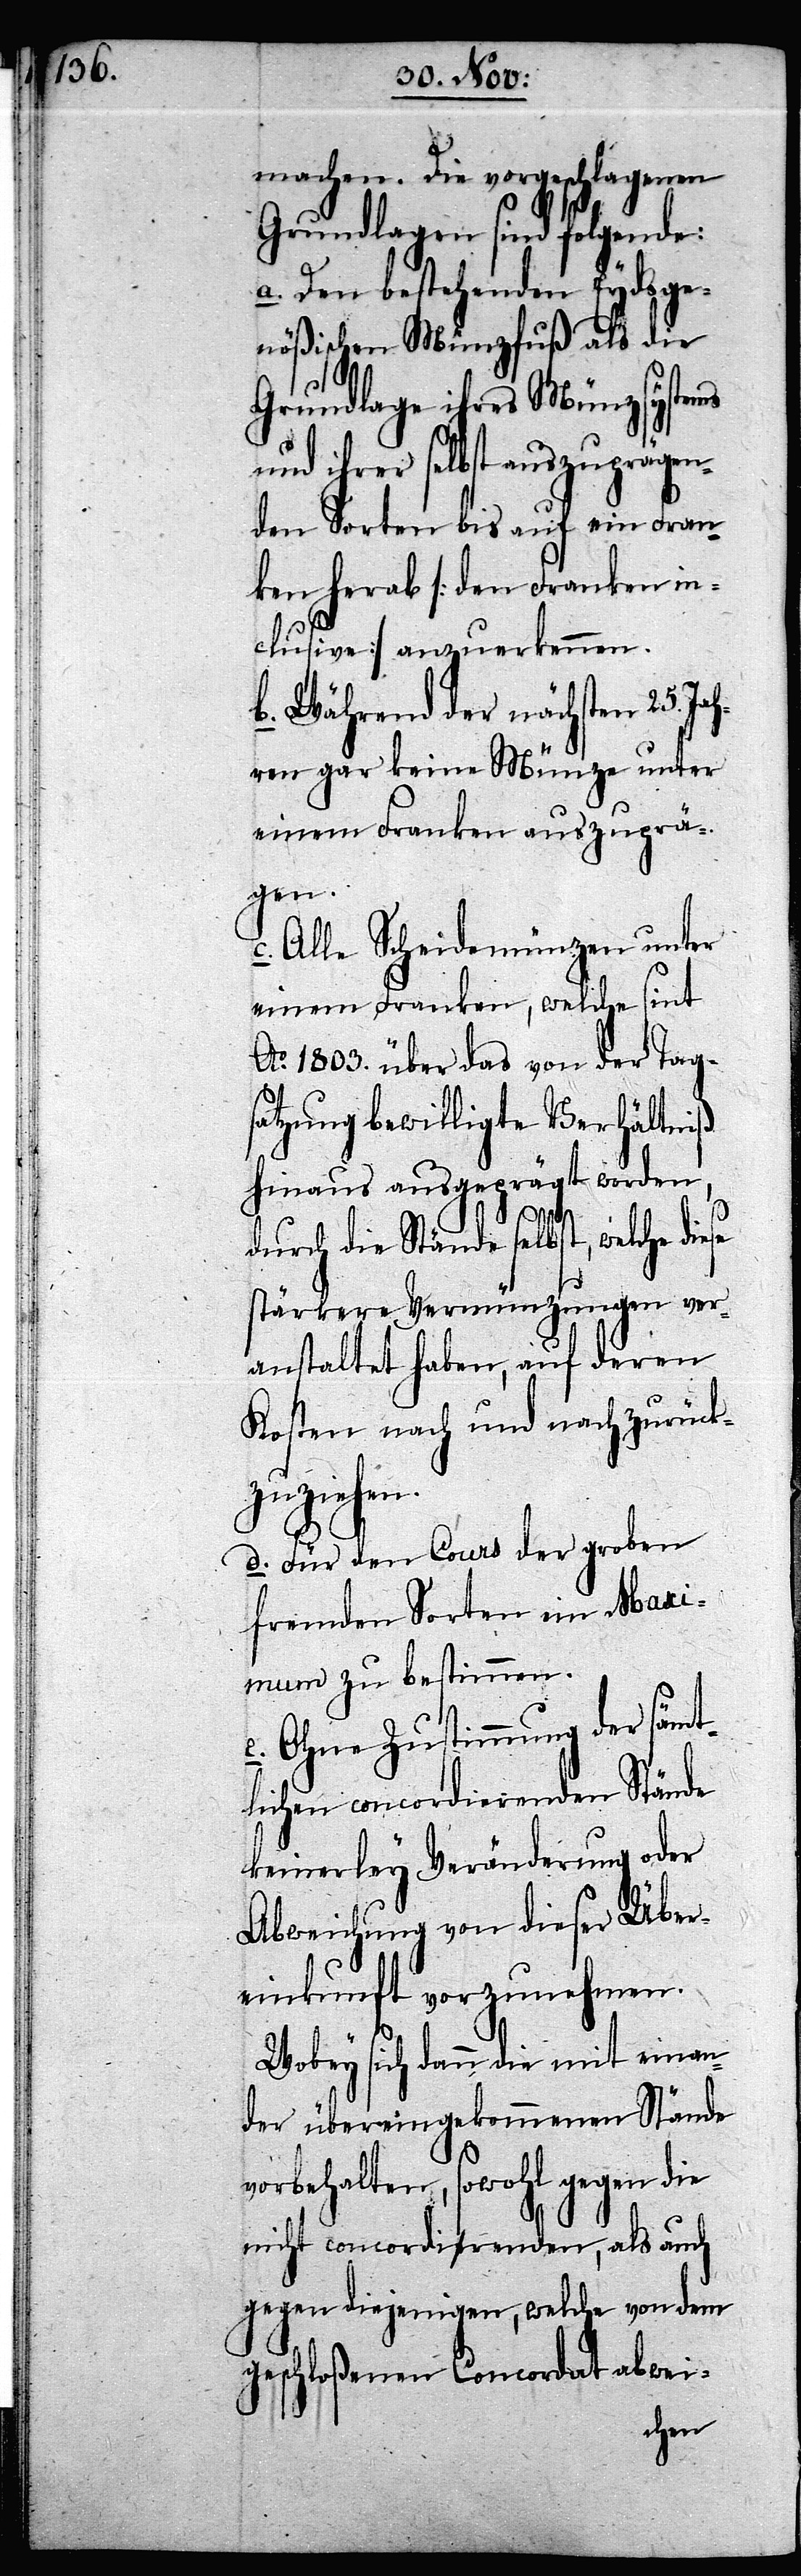
machen. Die vorgeschlagenen
Grundlagen sind folgende:
a. Den bestehenden Eydsge¬
nößischen Münzfuß als die
Grundlage ihres Münzsystems
und ihrer selbst auszuprägen¬
den Sorten bis auf ein Fran¬
ken herab [den Franken in¬
clusive] anzuerkennen.
b. Während der nächsten 25. Ja¬
hren gar keine Münze unter
einem Franken auszuprä¬
gen.
c. Alle Scheidemünzen unter
einem Franken, welche sint
Ao. 1803. über das von der Tags¬
atzung bewilligte Verhältniß
hinaus ausgeprägt worden,
durch die Stände selbst, welche die¬
stärkere Vermünzungen ver¬
anstaltet haben, auf deren
Kosten nach und nach zurück¬
zuziehen.
d. Für den Cours der groben
fremden Sorten ein Maxi¬
mum zu bestimmen.
e. Ohne Zustimmung der sämt¬
lichen concordierenden Stände
keinerley Veränderung oder
Abweichung von dieser Über¬
einkunft vorzunehmen.
Wobey sich dann die mit einan¬
der übereingekommenen Stände
vorbehalten, sowohl gegen die
nicht concordirenden, als auch
gegen diejenigen, welche von dem
geschloßenen Concordat abwei-
se